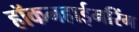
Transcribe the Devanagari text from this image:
हॉकनहाईमरिंग